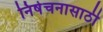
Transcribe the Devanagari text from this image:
निषेचनासाठी